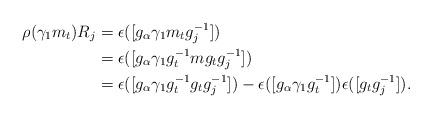
LaTeX: \begin{align*}\rho(\gamma_1 m_t)R_j &= \epsilon([g_\alpha \gamma_1 m_t g_j^{-1}]) \\&= \epsilon([g_\alpha \gamma_1 g_t^{-1} m g_t g_j^{-1}]) \\&= \epsilon([g_\alpha \gamma_1 g_t^{-1}g_{t} g_j^{-1}]) - \epsilon([g_\alpha \gamma_1 g_t^{-1}]) \epsilon([g_t g_j^{-1}]).\end{align*}